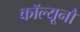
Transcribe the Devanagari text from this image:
कॉल्यूनौ